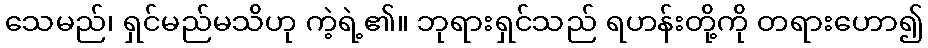
သေမည်၊ ရှင်မည်မသိဟု ကဲ့ရဲ့၏။ ဘုရားရှင်သည် ရဟန်းတို့ကို တရားဟော၍